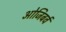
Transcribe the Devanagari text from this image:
ओजिबर्व